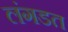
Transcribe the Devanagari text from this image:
लंगडत